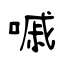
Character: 嘁